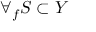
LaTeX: \forall _ { f } S \subset Y